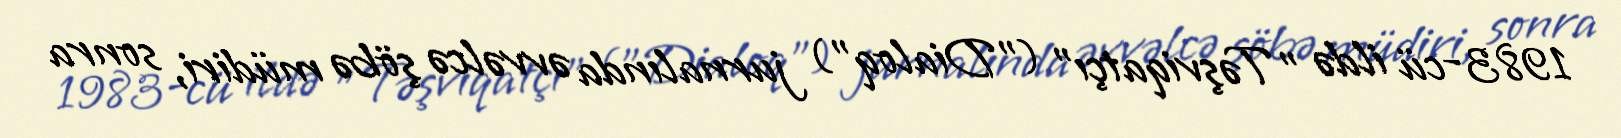
1983-cü ildə "Təşviqatçı" ("Dialoq") jurnalında əvvəlcə şöbə müdiri, sonra